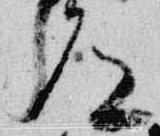
道